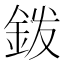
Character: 𰼦